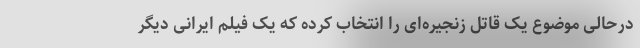
درحالی موضوع یک قاتل زنجیره‌ای را انتخاب کرده که یک فیلم ایرانی دیگر